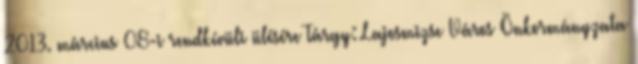
2013. március 08-i rendkívüli ülésére Tárgy: Lajosmizse Város Önkormányzata